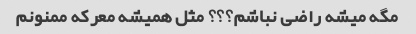
مگه میشه راضی نباشم؟؟؟ مثل همیشه معرکه ممنونم